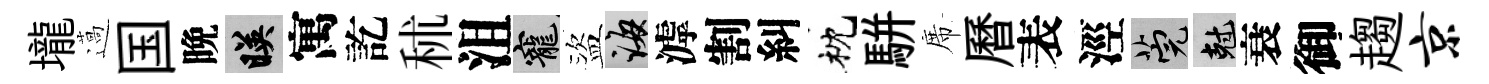
壠薖国晩映寓訖秫沮寵盜誨滹割糾枕駢席曆表涇筦剋衰御趨京